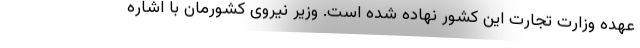
عهده وزارت تجارت این کشور نهاده شده است. وزیر نیروی کشورمان با اشاره